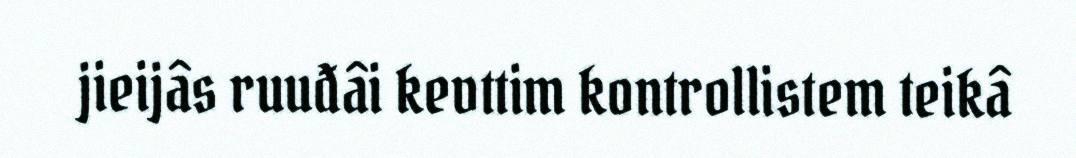
jieijâs ruuđâi kevttim kontrollistem teikâ